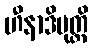
ဟီနာဒိမုတ္တိ